Newspaper: Evening capital.
Place of publication: Annapolis, Md.
Publisher: W.M. Abbott
Date: 1890-05-30 00:00:00
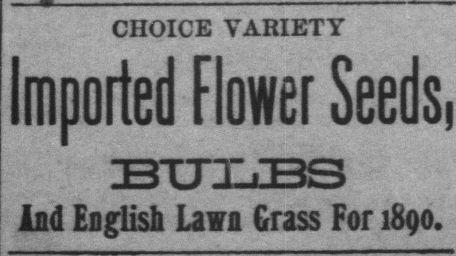
Advertisement text (OCR):
j CHOICE VARIETY imported Flower Seeds, BTJXJ3S lad English Lava Crass For 1890.
Label: text-only